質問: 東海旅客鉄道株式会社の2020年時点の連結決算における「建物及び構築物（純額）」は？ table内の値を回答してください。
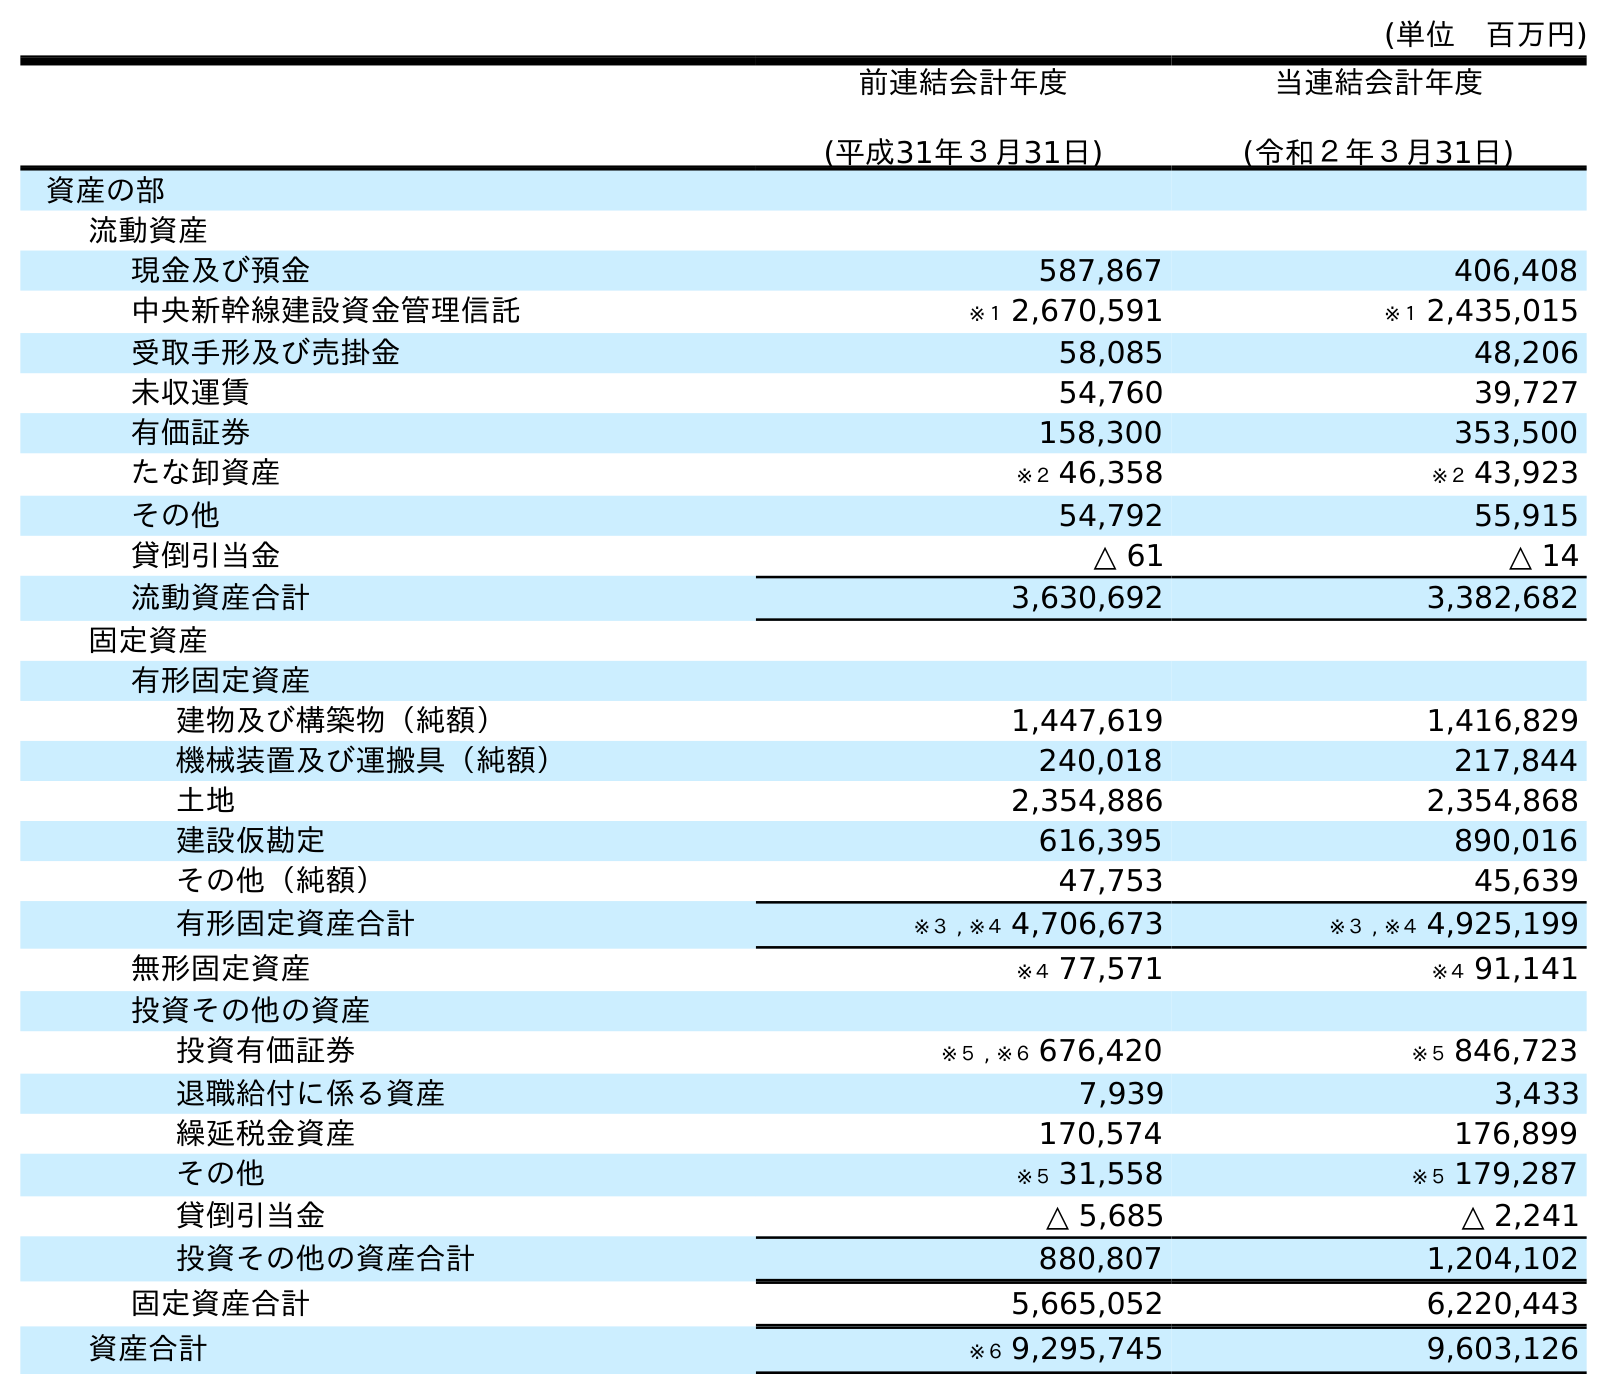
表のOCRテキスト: (単位 百万円) 前連結会計年度 (平成31年３月31日) 当連結会計年度 (令和２年３月31日) 資産の部 流動資産 現金及び預金 587,867 406,408 中央新幹線建設資金管理信託 ※１ 2,670,591 ※１ 2,435,015 受取手形及び売掛金 58,085 48,206 未収運賃 54,760 39,727 有価証券 158,300 353,500 たな卸資産 ※２ 46,358 ※２ 43,923 その他 54,792 55,915 貸倒引当金 △ 61 △ 14 流動資産合計 3,630,692 3,382,682 固定資産 有形固定資産 建物及び構築物（純額） 1,447,619 1,416,829 機械装置及び運搬具（純額） 240,018 217,844 土地 2,354,886 2,354,868 建設仮勘定 616,395 890,016 その他（純額） 47,753 45,639 有形固定資産合計 ※３ , ※４ 4,706,673 ※３ , ※４ 4,925,199 無形固定資産 ※４ 77,571 ※４ 91,141 投資その他の資産 投資有価証券 ※５ , ※６ 676,420 ※５ 846,723 退職給付に係る資産 7,939 3,433 繰延税金資産 170,574 176,899 その他 ※５ 31,558 ※５ 179,287 貸倒引当金 △ 5,685 △ 2,241 投資その他の資産合計 880,807 1,204,102 固定資産合計 5,665,052 6,220,443 資産合計 ※６ 9,295,745 9,603,126
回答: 1,416,829